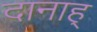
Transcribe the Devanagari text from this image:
दानाह्